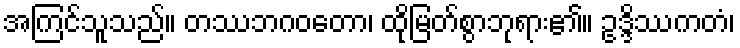
အကြင်သူသည်။ တဿဘဂဝတော၊ ထိုမြတ်စွာဘုရား၏။ ဥဒ္ဒိဿကတံ၊